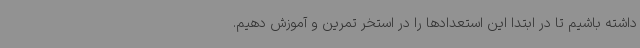
داشته باشیم تا در ابتدا این استعدادها را در استخر تمرین و آموزش دهیم.